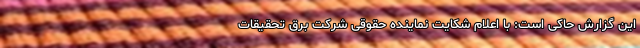
این گزارش حاکی است: با اعلام شکایت نماینده حقوقی شرکت برق تحقیقات